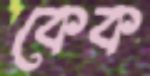
কেক